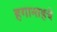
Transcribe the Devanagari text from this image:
हगानाहचे